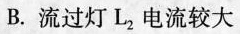
B.流过灯L_{2}电流较大